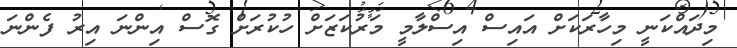
މިދައްކަނީ މިހާރަކަށް އައިސް އިސްލާމީ މަރުކަޒަށް ހުކުރަށް ގޮސް އިންނަ އިރު ފެންނަ